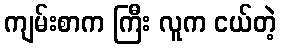
ကျမ်းစာက ကြီး လူက ငယ်တဲ့